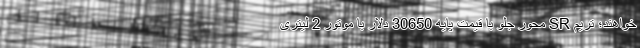
خواهند؛ تریم SR محور جلو با قیمت پایه 30650 دلار با موتور 2 لیتری